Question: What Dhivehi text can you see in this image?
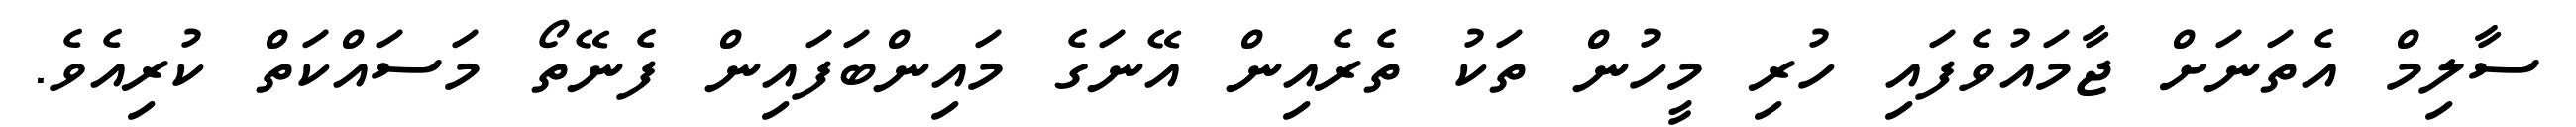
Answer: ސާލިމް އެތަނަށް ޖާމައުވެފައި ހުރި މީހުން ތަކު ތެރެއިން އޭނަގެ މައިންބަފައިން ފެނޭތޯ މަސައްކަތް ކުރިއެވެ.